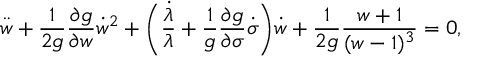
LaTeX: { \ddot { w } } + \frac { 1 } { 2 g } \frac { \partial g } { \partial w } { \dot { w } } ^ { 2 } + \biggl ( \frac { \dot { \lambda } } { \lambda } + \frac { 1 } { g } \frac { \partial g } { \partial \sigma } \dot { \sigma } \biggr ) \dot { w } + \frac { 1 } { 2 g } \frac { w + 1 } { ( w - 1 ) ^ { 3 } } = 0 ,